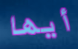
أيها